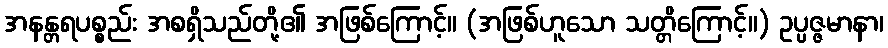
အနန္တရပစ္စည်း အစရှိသည်တို့၏ အဖြစ်ကြောင့်။ (အဖြစ်ဟူသော သတ္တိကြောင့်။) ဥပ္ပဇ္ဇမာနာ၊